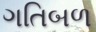
ગતિબળ